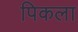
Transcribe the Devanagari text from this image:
पिकला